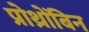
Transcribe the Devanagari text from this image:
प्रोथ्रोंबिन